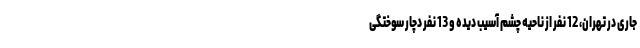
جاری در تهران، 12 نفر از ناحیه چشم آسیب دیده و 13 نفر دچار سوختگی